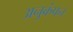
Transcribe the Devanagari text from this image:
अनुकंपन